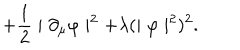
LaTeX: + \frac { 1 } { 2 } \mid \partial _ { \mu } \varphi \mid ^ { 2 } + \lambda ( \mid \varphi \mid ^ { 2 } ) ^ { 2 } .